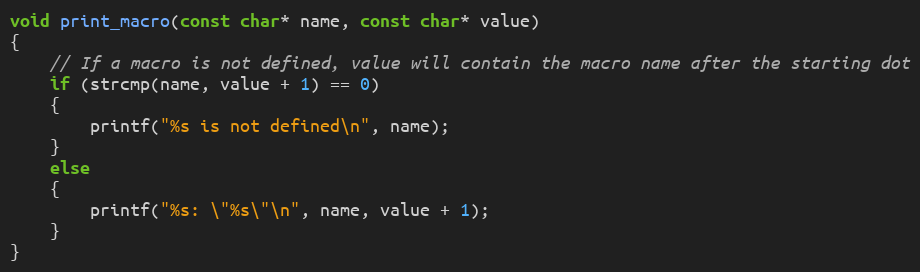
Language: C++
void print_macro(const char* name, const char* value)
{
    // If a macro is not defined, value will contain the macro name after the starting dot
    if (strcmp(name, value + 1) == 0)
    {
        printf("%s is not defined\n", name);
    }
    else
    {
        printf("%s: \"%s\"\n", name, value + 1);
    }
}